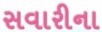
સવારીના